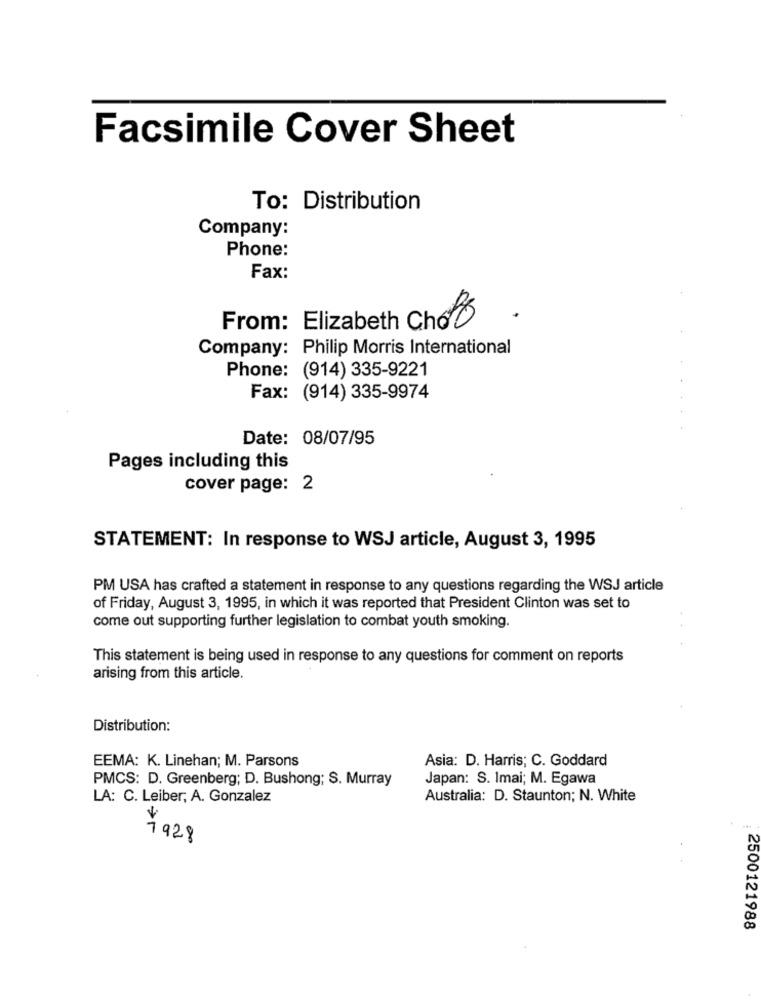
Facsimile Cover Sheet
To: Distribution
Company:
Phone:
Fax:
From: Elizabeth Cho
Company: Philip Morris International
Phone: (914) 335-9221
Fax: (914) 335-9974
Date: 08/07/95
Pages including this
cover page: 2
STATEMENT: In response to WSJ article, August 3, 1995
PM USA has crafted a statement in response to any questions regarding the WSJ article
of Friday, August 3, 1995, in which it was reported that President Clinton was set to
come out supporting further legislation to combat youth smoking.
This statement is being used in response to any questions for comment on reports
arising from this article.
Distribution:
EEMA: K. Linehan; M. Parsons
Asia: D. Harris; C. Goddard
PMCS: D. Greenberg; D. Bushong; S. Murray
Japan: S. Imai; M. Egawa
LA: C. Leiber, A. Gonzalez
Australia: D. Staunton; N. White
1928
2500121988